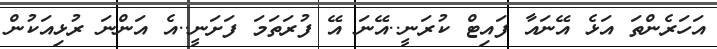
އަހަރެންތަ އަޅެ އޭނައާ ފައިޓް ކުރަނީ..އޭނަ އޭ ފުރަތަމަ ފަށަނީ..އެ އަންނަ ރުޅިއަކުން